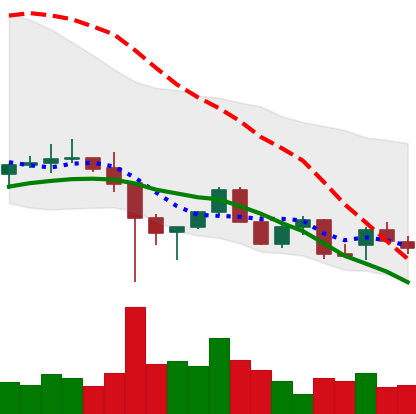
Ticker: LINK-USD
Chart end date: 2021-12-17
Forward return: 8.876%
Label: up_7plus